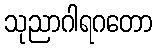
သုညာဂါရဂတော